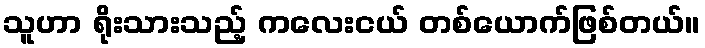
သူဟာ ရိုးသားသည့် ကလေးငယ် တစ်ယောက်ဖြစ်တယ်။